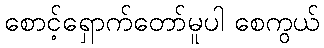
စောင့်ရှောက်တော်မူပါ စေကွယ်